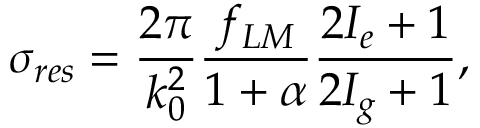
\sigma _ { r e s } = \frac { 2 \pi } { k _ { 0 } ^ { 2 } } \frac { f _ { L M } } { 1 + \alpha } \frac { 2 I _ { e } + 1 } { 2 I _ { g } + 1 } ,